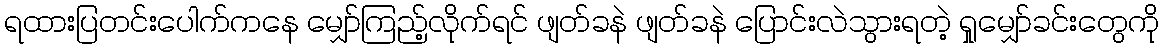
ရထားပြတင်းပေါက်ကနေ မျှော်ကြည့်လိုက်ရင် ဖျတ်ခနဲ ဖျတ်ခနဲ ပြောင်းလဲသွားရတဲ့ ရှုမျှော်ခင်းတွေကို